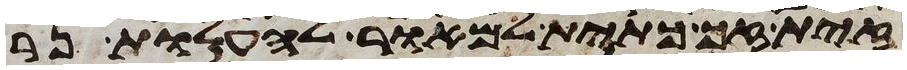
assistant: זית זך כתית למאור להעלות נר